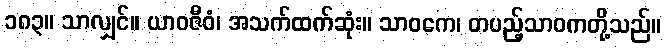
၁၈၃။ သာလျှင်။ ယာဝဇီဝံ၊ အသက်ထက်ဆုံး။ သာဝကေ၊ တပည့်သာဝကတို့သည်။